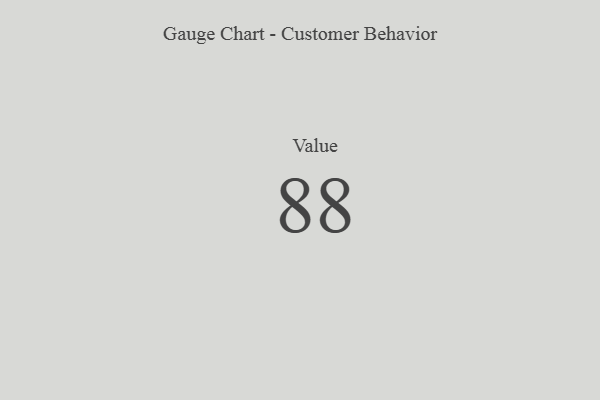
{"axis": {"x": "Metric", "y": "Value"}, "legend": [""], "data": [{"x": "Value", "y": 88, "type": ""}]}